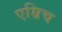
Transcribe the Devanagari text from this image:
एम्रिच